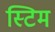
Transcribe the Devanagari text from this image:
स्टिम